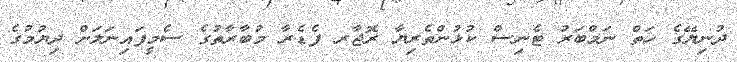
ދުނިޔޭގެ ހަތް ނަމްބަރު ޓެނިސް ކުޅުންތެރިޔާ ރޮޖާރ ފެޑެރާ މުބާރާތުގެ ސެމީފައިނަލަށް ދިޔުމުގެ